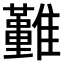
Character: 𩁤